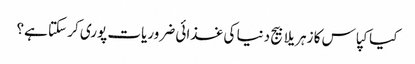
کیا کپاس کا زہریلا بیج دنیا کی غذائی ضروریات پوری کر سکتا ہے؟